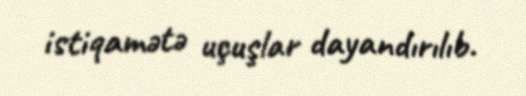
istiqamətə uçuşlar dayandırılıb.